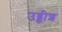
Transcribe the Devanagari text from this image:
उड्डीश